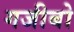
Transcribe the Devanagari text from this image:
गजीबो